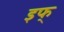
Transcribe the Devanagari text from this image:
इफ्